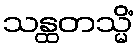
သန္ထတသ္မိံ